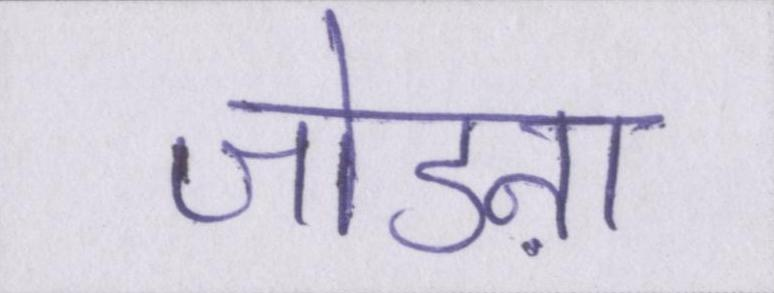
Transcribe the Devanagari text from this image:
जोडऩा